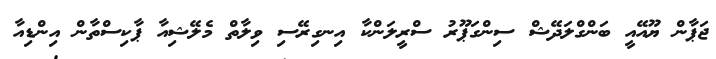
ޖަޕާން ޔޫއޭއީ ބަންގްލަދޭޝް ސިންގަޕޫރު ސްރީލަންކާ އިނގިރޭސި ވިލާތް މެލޭޝިއާ ޕާކިސްތާން އިންޑިއާ